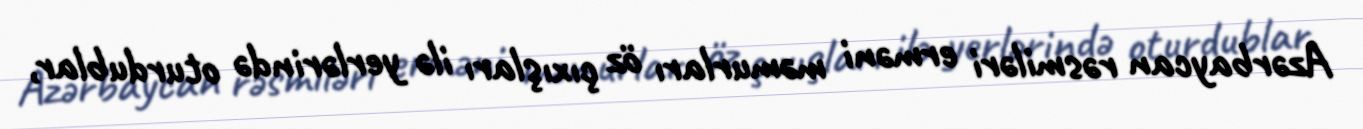
Azərbaycan rəsmiləri erməni məmurları öz çıxışları ilə yerlərində oturdublar,